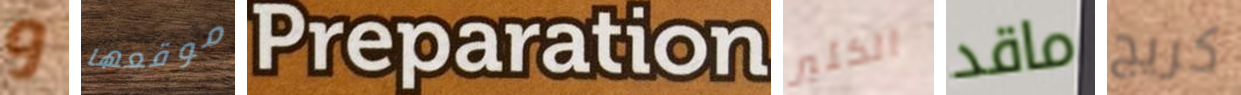
و موقعها Preparation الكثير ماقد كريج